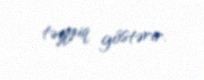
təzyiq göstərir.